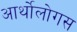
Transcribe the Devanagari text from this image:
आर्थोलोगस